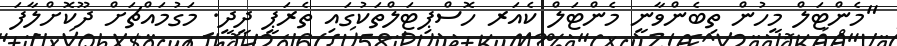
"މެންޓަލް މީހުން ތިބެންވާނީ މެންޓަލް ކެއަރ ހޮސްޕިޓަލްތަކުގައި ތެރަޕީ ދީދީ. މަގުމައްޗަށް ދޫކޮށްލާފަ